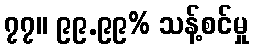
၇၇။ ၉၉.၉၉% သန့်စင်မှု